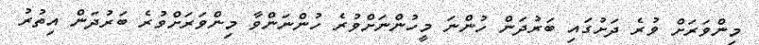
މިންވަރަށް ވުރެ ދަށުގައި ބަރުދަން ހުންނަ މީހުންނަށްވުރެ ހުންނަންވާ މިންވަރަށްވުރެ ބަރުދަން އިތުރު